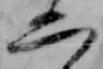
二